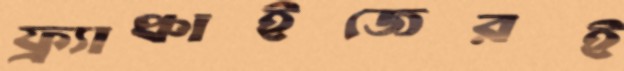
ফ্র্যাঞ্চাইজেরই